65_HS1-834228961_62-HQ-83894_Section_1
Agency: FBI
Page 14
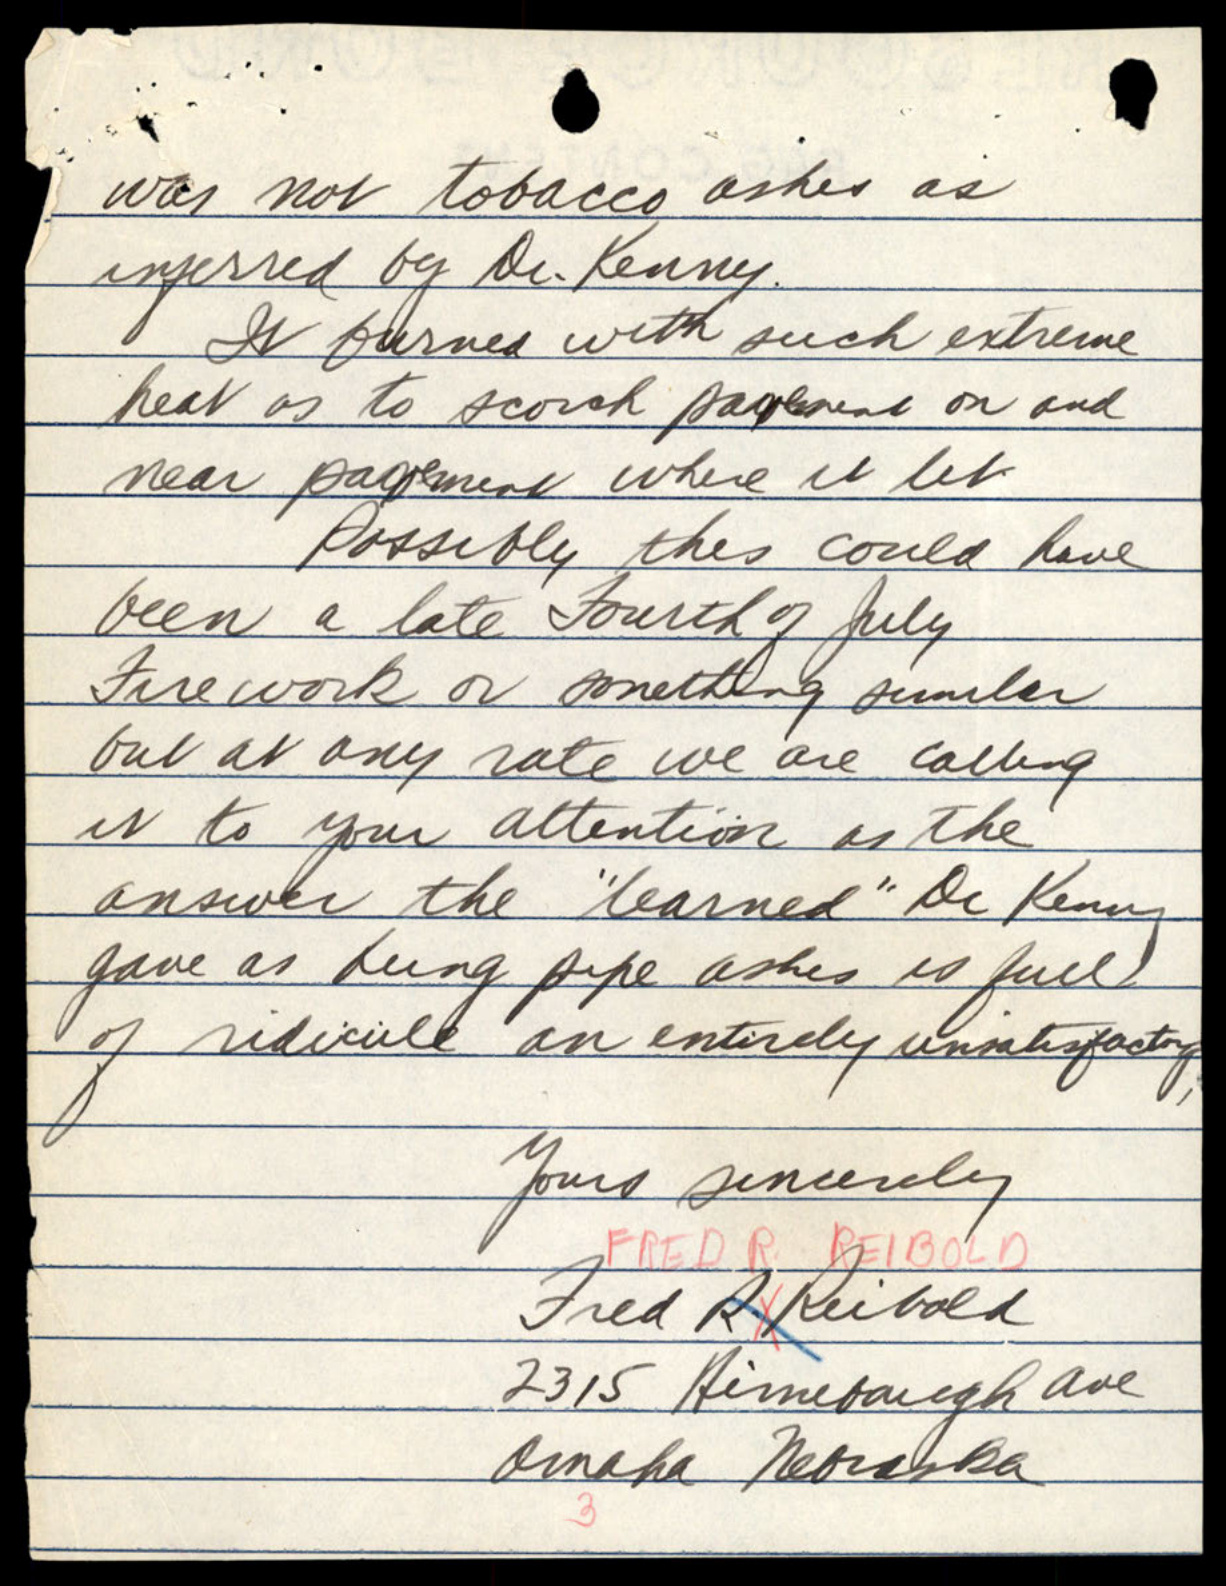